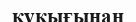
құқығынан